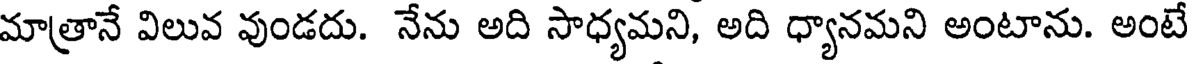
మాత్రానే విలువ వుండదు. నేను అది సాధ్యమని, అది ధ్యానమని అంటాను. అంటే